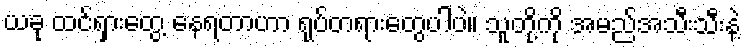
ယခု ထင်ရှားတွေ့ နေရတာဟာ ရုပ်တရားတွေပါပဲ။ သူတို့ကို အမည်အသီးသီးနဲ့